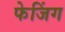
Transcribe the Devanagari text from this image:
फेजिंग